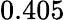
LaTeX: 0.405